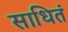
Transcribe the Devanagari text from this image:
साधितं